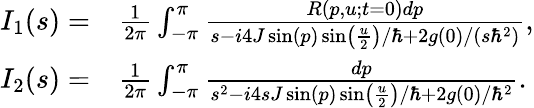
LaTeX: \begin{array}{rl}{I_{1}(s)=}&{\frac{1}{2\pi}\int_{-\pi}^{\pi}\frac{R(p,u;t=0)dp}{s-i4J\sin(p)\sin\left(\frac{u}{2}\right)/\hbar+2g(0)/(s\hbar^{2})},}\\ {I_{2}(s)=}&{\frac{1}{2\pi}\int_{-\pi}^{\pi}\frac{dp}{s^{2}-i4sJ\sin(p)\sin\left(\frac{u}{2}\right)/\hbar+2g(0)/\hbar^{2}}.}\end{array}